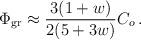
LaTeX: \begin{align*}\Phi_{\rm gr}\approx {3(1+w)\over 2(5+3w)}C_o\,.\end{align*}